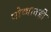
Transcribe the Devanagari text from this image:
गोव्यातही